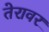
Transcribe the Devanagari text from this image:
तेरावर